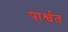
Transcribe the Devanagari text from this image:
पार्श्वत